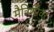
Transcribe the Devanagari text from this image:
मैत्रिणीवर